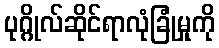
ပုဂ္ဂိုလ်ဆိုင်ရာလုံခြုံမှုကို